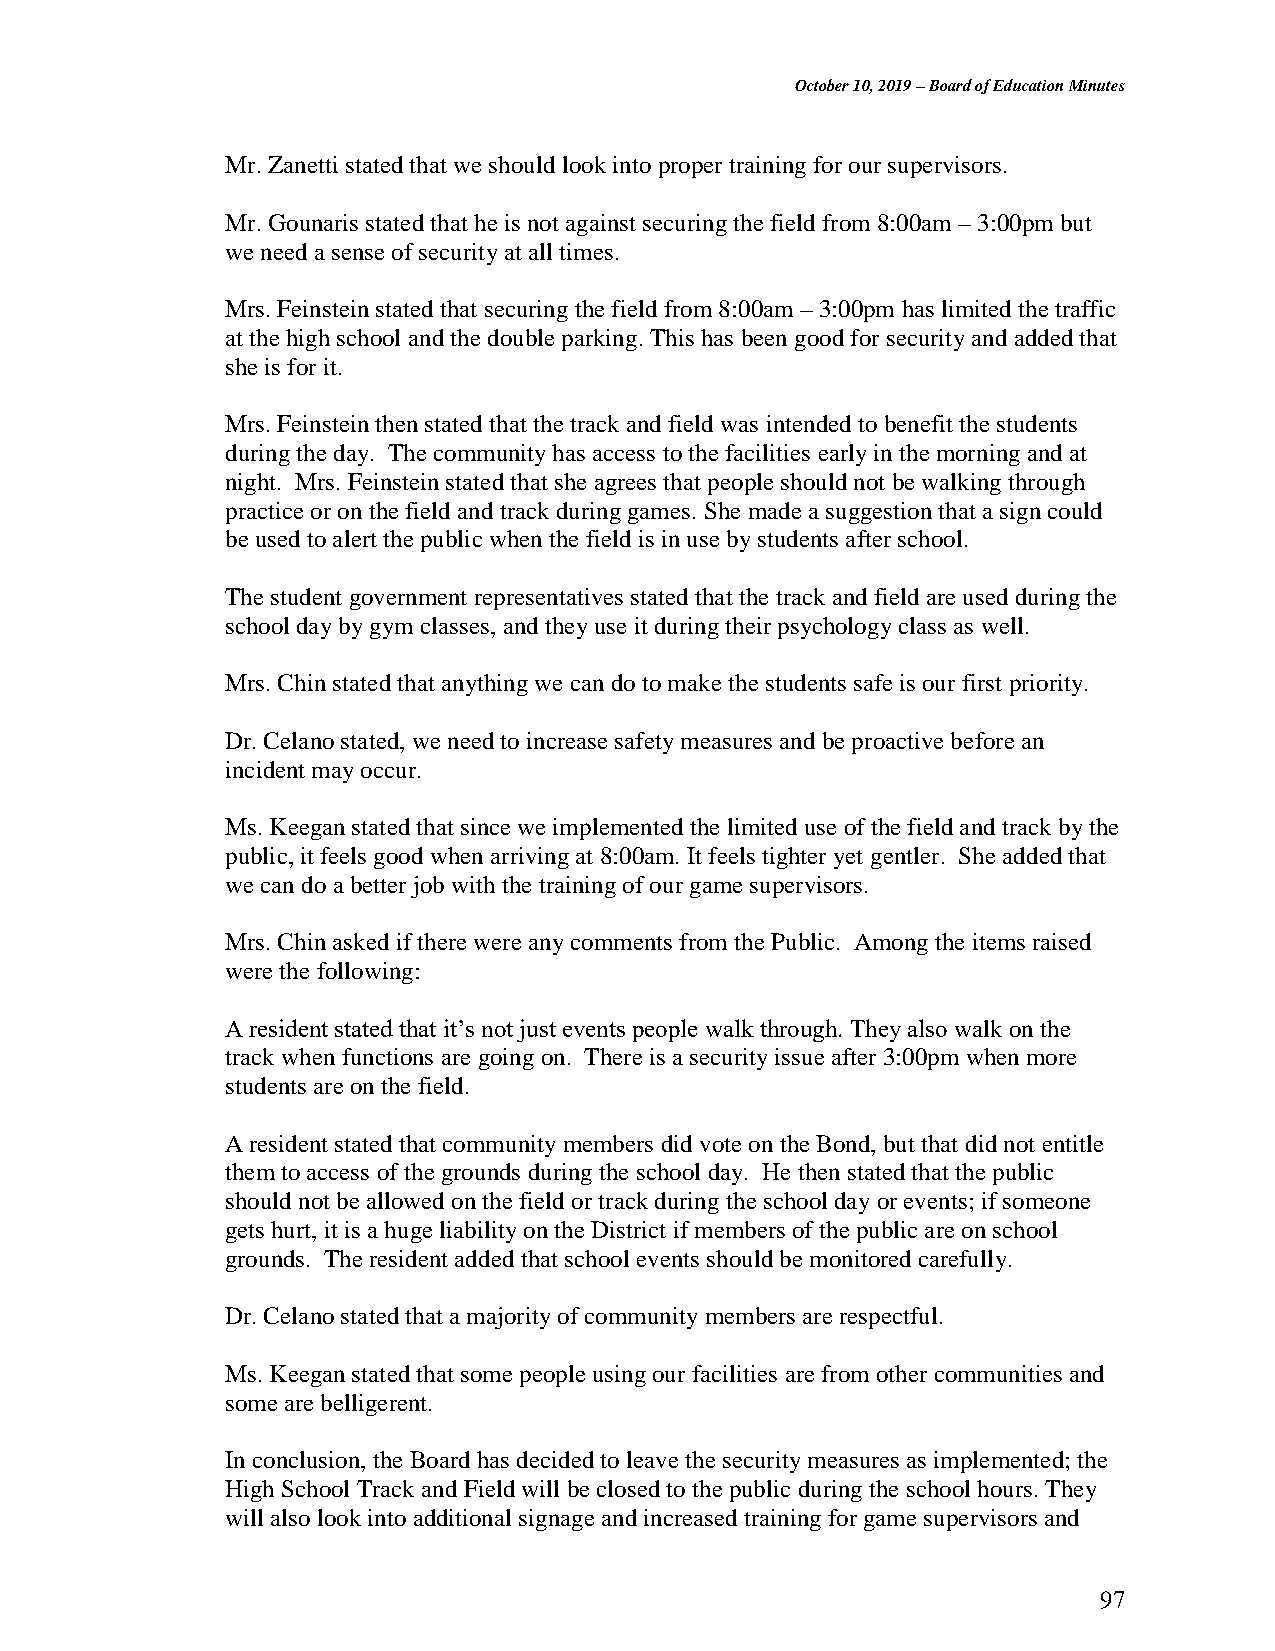
October 10, 2019 – Board of Education Minutes
 Mr. Zanetti stated that we should look into proper training for our supervisors.
 Mr. Gounaris stated that he is not against securing the field from 8:00am – 3:00pm but
 we need a sense of security at all times.
 Mrs. Feinstein stated that securing the field from 8:00am – 3:00pm has limited the traffic
 at the high school and the double parking. This has been good for security and added that
 she is for it.
 Mrs. Feinstein then stated that the track and field was intended to benefit the students
 during the day. The community has access to the facilities early in the morning and at
 night. Mrs. Feinstein stated that she agrees that people should not be walking through
 practice or on the field and track during games. She made a suggestion that a sign could
 be used to alert the public when the field is in use by students after school.
 The student government representatives stated that the track and field are used during the
 school day by gym classes, and they use it during their psychology class as well.
 Mrs. Chin stated that anything we can do to make the students safe is our first priority.
 Dr. Celano stated, we need to increase safety measures and be proactive before an
 incident may occur.
 Ms. Keegan stated that since we implemented the limited use of the field and track by the
 public, it feels good when arriving at 8:00am. It feels tighter yet gentler. She added that
 we can do a better job with the training of our game supervisors.
 Mrs. Chin asked if there were any comments from the Public. Among the items raised
 were the following:
 A resident stated that it’s not just events people walk through. They also walk on the
 track when functions are going on. There is a security issue after 3:00pm when more
 students are on the field.
 A resident stated that community members did vote on the Bond, but that did not entitle
 them to access of the grounds during the school day. He then stated that the public
 should not be allowed on the field or track during the school day or events; if someone
 gets hurt, it is a huge liability on the District if members of the public are on school
 grounds. The resident added that school events should be monitored carefully.
 Dr. Celano stated that a majority of community members are respectful.
 Ms. Keegan stated that some people using our facilities are from other communities and
 some are belligerent.
 In conclusion, the Board has decided to leave the security measures as implemented; the
 High School Track and Field will be closed to the public during the school hours. They
 will also look into additional signage and increased training for game supervisors and
 97